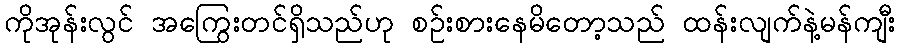
ကိုအုန်းလွင် အကြွေးတင်ရှိသည်ဟု စဉ်းစားနေမိတော့သည် ထန်းလျက်နဲ့မန်ကျီး